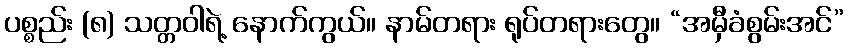
ပစ္စည်း (၈) သတ္တဝါရဲ့ နောက်ကွယ်။ နာမ်တရား ရုပ်တရားတွေ။ “အမှီခံစွမ်းအင်”